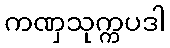
ကဏှသုက္ကပဒါ